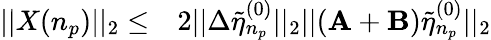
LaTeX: \begin{array}{rl}{||X(n_{p})||_{2}\leq}&{{}2||\Delta\tilde{\eta}_{n_{p}}^{(0)}||_{2}||(\mathbf{A}+\mathbf{B})\tilde{\eta}_{n_{p}}^{(0)}||_{2}}\end{array}